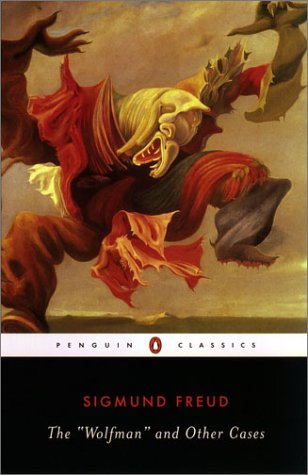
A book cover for The Wolfman and Other Cases (Penguin Classics); Sigmund Freud; Medical Books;